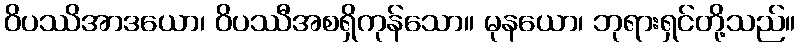
ဝိပဿိအာဒယော၊ ဝိပဿီအစရှိကုန်သော။ မုနယော၊ ဘုရားရှင်တို့သည်။